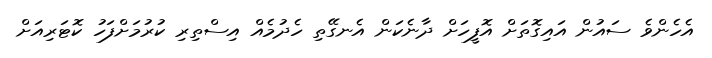
އެހެންވެ ސައުން އައިގޮތަށް އޮފީހަށް ދާނެކަން އެނގޭތި ހެދުމެއް އިސްތިރި ކުރުމަށްފަހު ކޮޓަރިއަށް